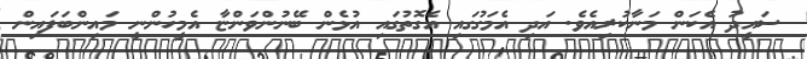
ސައީދު އެކަން މަނާކުރިއެވެ. އަދި އެމަގުގައި އެގޮތުގައި އުޅެން ބޭނުންވަންޏާ އެމީހުންނީ މައިންބަފައިން